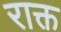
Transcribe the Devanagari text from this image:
राक्त